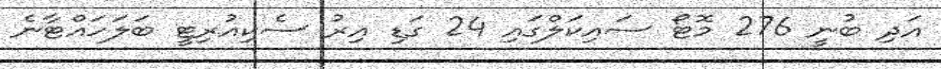
އަދި ބުނީ 276 މޮޓޯ ސައިކަލްގައި 24 ގަޑި އިރު ސެކިއުރިޓީ ބަލަހައްޓާނެ